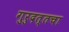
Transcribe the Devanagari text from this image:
गुरुदत्तचा